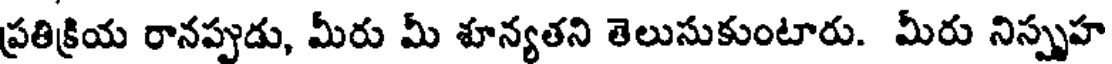
ప్రతిక్రియ రానప్పుడు, మీరు మీ శూన్యతని తెలుసుకుంటారు. మీరు నిస్పృహ